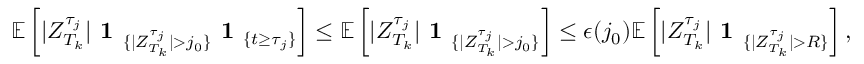
\mathbb { E } \left[ | Z _ { T _ { k } } ^ { \tau _ { j } } | \textbf { 1 } _ { \{ | Z _ { T _ { k } } ^ { \tau _ { j } } | > j _ { 0 } \} } \textbf { 1 } _ { \{ t \geq \tau _ { j } \} } \right] \leq \mathbb { E } \left[ | Z _ { T _ { k } } ^ { \tau _ { j } } | \textbf { 1 } _ { \{ | Z _ { T _ { k } } ^ { \tau _ { j } } | > j _ { 0 } \} } \right] \leq \epsilon ( j _ { 0 } ) \mathbb { E } \left[ | Z _ { T _ { k } } ^ { \tau _ { j } } | \textbf { 1 } _ { \{ | Z _ { T _ { k } } ^ { \tau _ { j } } | > R \} } \right] ,